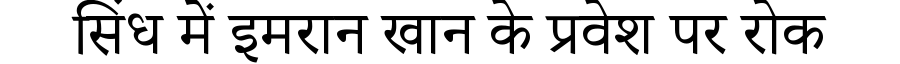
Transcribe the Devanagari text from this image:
सिंध में इमरान खान के प्रवेश पर रोक